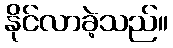
နိုင်လာခဲ့သည်။